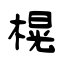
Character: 榥